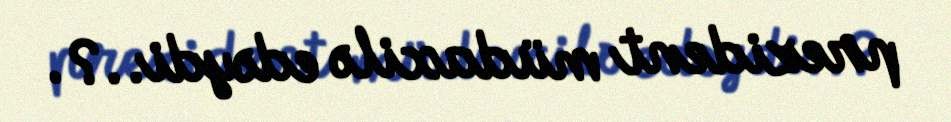
prezident müdaxilə edəydi..?.